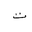
Letter: _ta